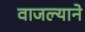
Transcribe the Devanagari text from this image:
वाजल्याने